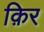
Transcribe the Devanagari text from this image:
क़िर